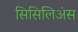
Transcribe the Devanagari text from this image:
सिसिलिअंस